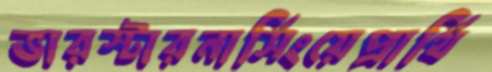
ভারস্টারনার্সিংয়েপ্রার্থি